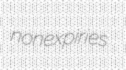
nonexpiries